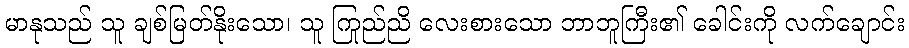
မာနုသည် သူ ချစ်မြတ်နိုးသော၊ သူ ကြည်ညို လေးစားသော ဘာဘူကြီး၏ ခေါင်းကို လက်ချောင်း